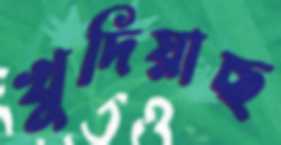
খুদিয়াছ